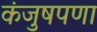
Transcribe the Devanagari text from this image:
कंजुषपणा